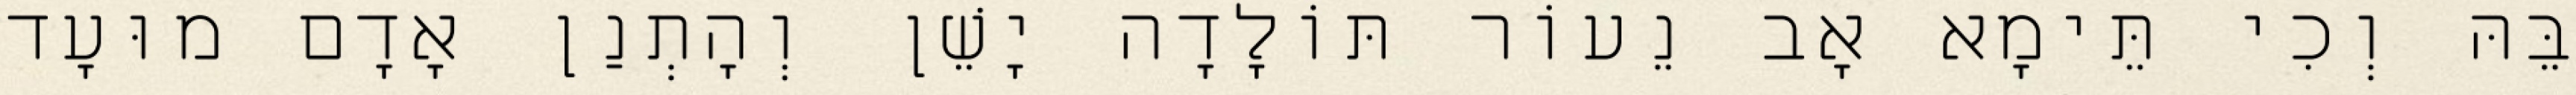
בֵּהּ וְכִי תֵּימָא אָב נֵעוֹר תּוֹלָדָה יָשֵׁן וְהָתְנַן אָדָם מוּעָד